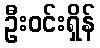
ဦးဝင်းရှိန်